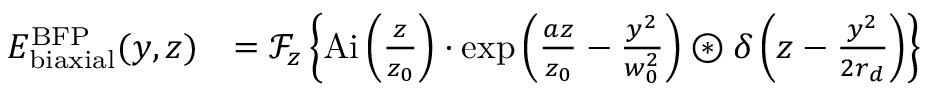
\begin{array} { r l } { E _ { \mathrm { b i a x i a l } } ^ { \mathrm { B F P } } ( y , z ) } & { = \ensuremath { \mathcal { F } } _ { z } \left\{ \ensuremath { \mathrm { A i } } \left( \frac { z } { z _ { 0 } } \right) \cdot \exp \left( \frac { a z } { z _ { 0 } } - \frac { y ^ { 2 } } { w _ { 0 } ^ { 2 } } \right) \ensuremath { \circledast } \delta \left( z - \frac { y ^ { 2 } } { 2 r _ { d } } \right) \right\} } \end{array}